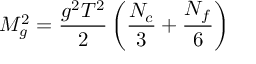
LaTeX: M _ { g } ^ { 2 } = \frac { g ^ { 2 } T ^ { 2 } } { 2 } \left( \frac { N _ { c } } { 3 } + \frac { N _ { f } } { 6 } \right)